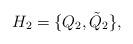
LaTeX: \begin{align*}H_{2}=\{Q_{2}, \tilde{Q}_{2} \}, \end{align*}